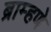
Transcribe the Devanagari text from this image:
ब्राम्हणे